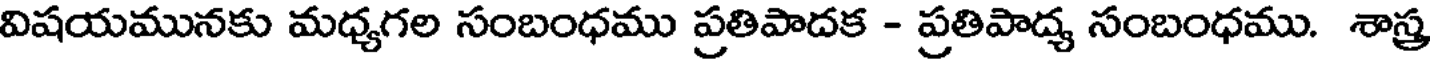
విషయమునకు మధ్యగల సంబంధము ప్రతిపాదక - ప్రతిపాద్య సంబంధము. శాస్త్ర